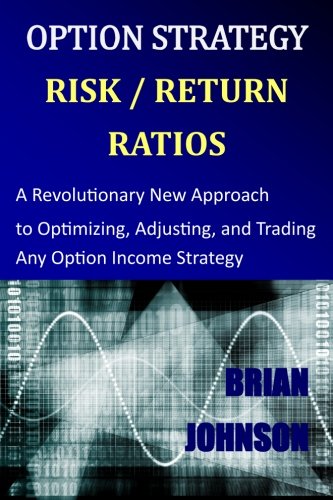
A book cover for Option Strategy Risk / Return Ratios: A Revolutionary New Approach to Optimizing, Adjusting, and Trading Any Option Income Strategy; Brian Johnson; Business & Money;